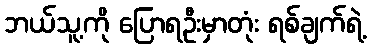
ဘယ်သူ့ကို ပြောရဦးမှာတုံး ရစ်ချက်ရဲ့